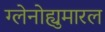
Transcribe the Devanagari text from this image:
ग्लेनोह्युमारल